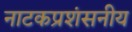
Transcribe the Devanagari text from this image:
नाटकप्रशंसनीय